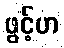
ဖွင့်ဟ